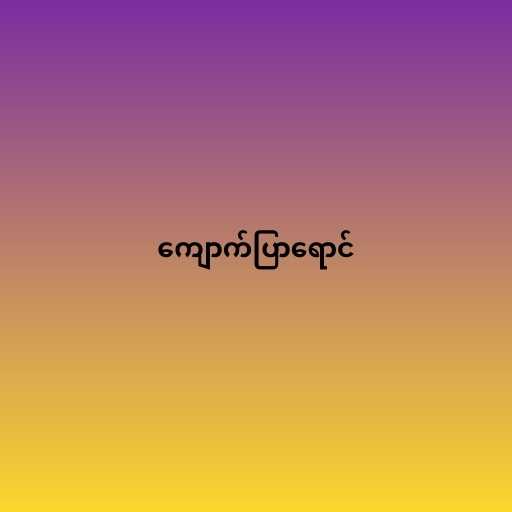
ကျောက်ပြာရောင်